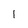
Character: 1